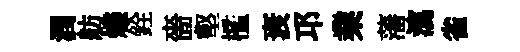
潤舫燼銓嗇壑檻衰邛業藩瀉雀